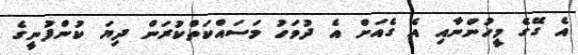
އެ ގޭގެ މީހުންނާއި އެ ގެއަށް އެ ދުވަހު މަސައްކަތްކުރަން ދިޔަ ކުންފުނީގެ